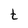
Character: t